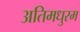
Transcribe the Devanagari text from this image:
अतिमधुरम